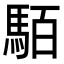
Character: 𩢷